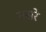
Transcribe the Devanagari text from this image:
मसरे